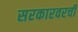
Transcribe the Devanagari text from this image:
सरकारवरची